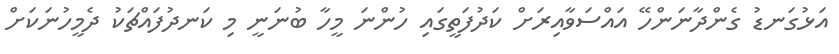
އަޅުގަނޑު ގެންދާނަންހޭ އައްސަވާއިރަށް ކަދުފަތީގައި ހުންނަ މީހާ ބުނަނީ މި ކަނދުފައްޗަކު ދެމީހުނަކަށް